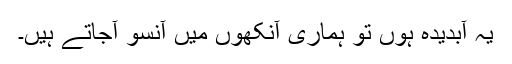
یہ آبدیدہ ہوں تو ہماری آنکھوں میں آنسو آجاتے ہیں۔